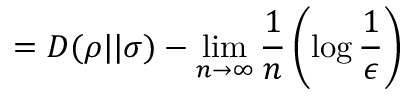
= D ( \rho | | \sigma ) - \operatorname* { l i m } _ { n \rightarrow \infty } { \frac { 1 } { n } } \left( \log { \frac { 1 } { \epsilon } } \right)